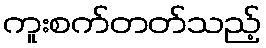
ကူးစက်တတ်သည့်